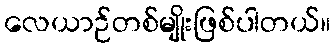
လေယာဉ်တစ်မျိုးဖြစ်ပါတယ်။